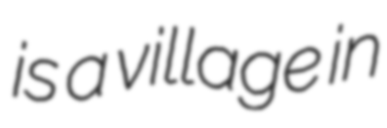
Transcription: is a village in